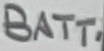
Text: BATT.